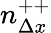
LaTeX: n_{\Delta x}^{++}